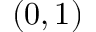
( 0 , 1 )